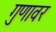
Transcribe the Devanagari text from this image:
गुणावर